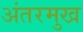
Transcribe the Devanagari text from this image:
अंतरमुख